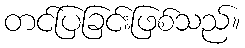
တင်ပြခြင်းဖြစ်သည်။